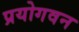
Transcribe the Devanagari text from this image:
प्रयोगवन